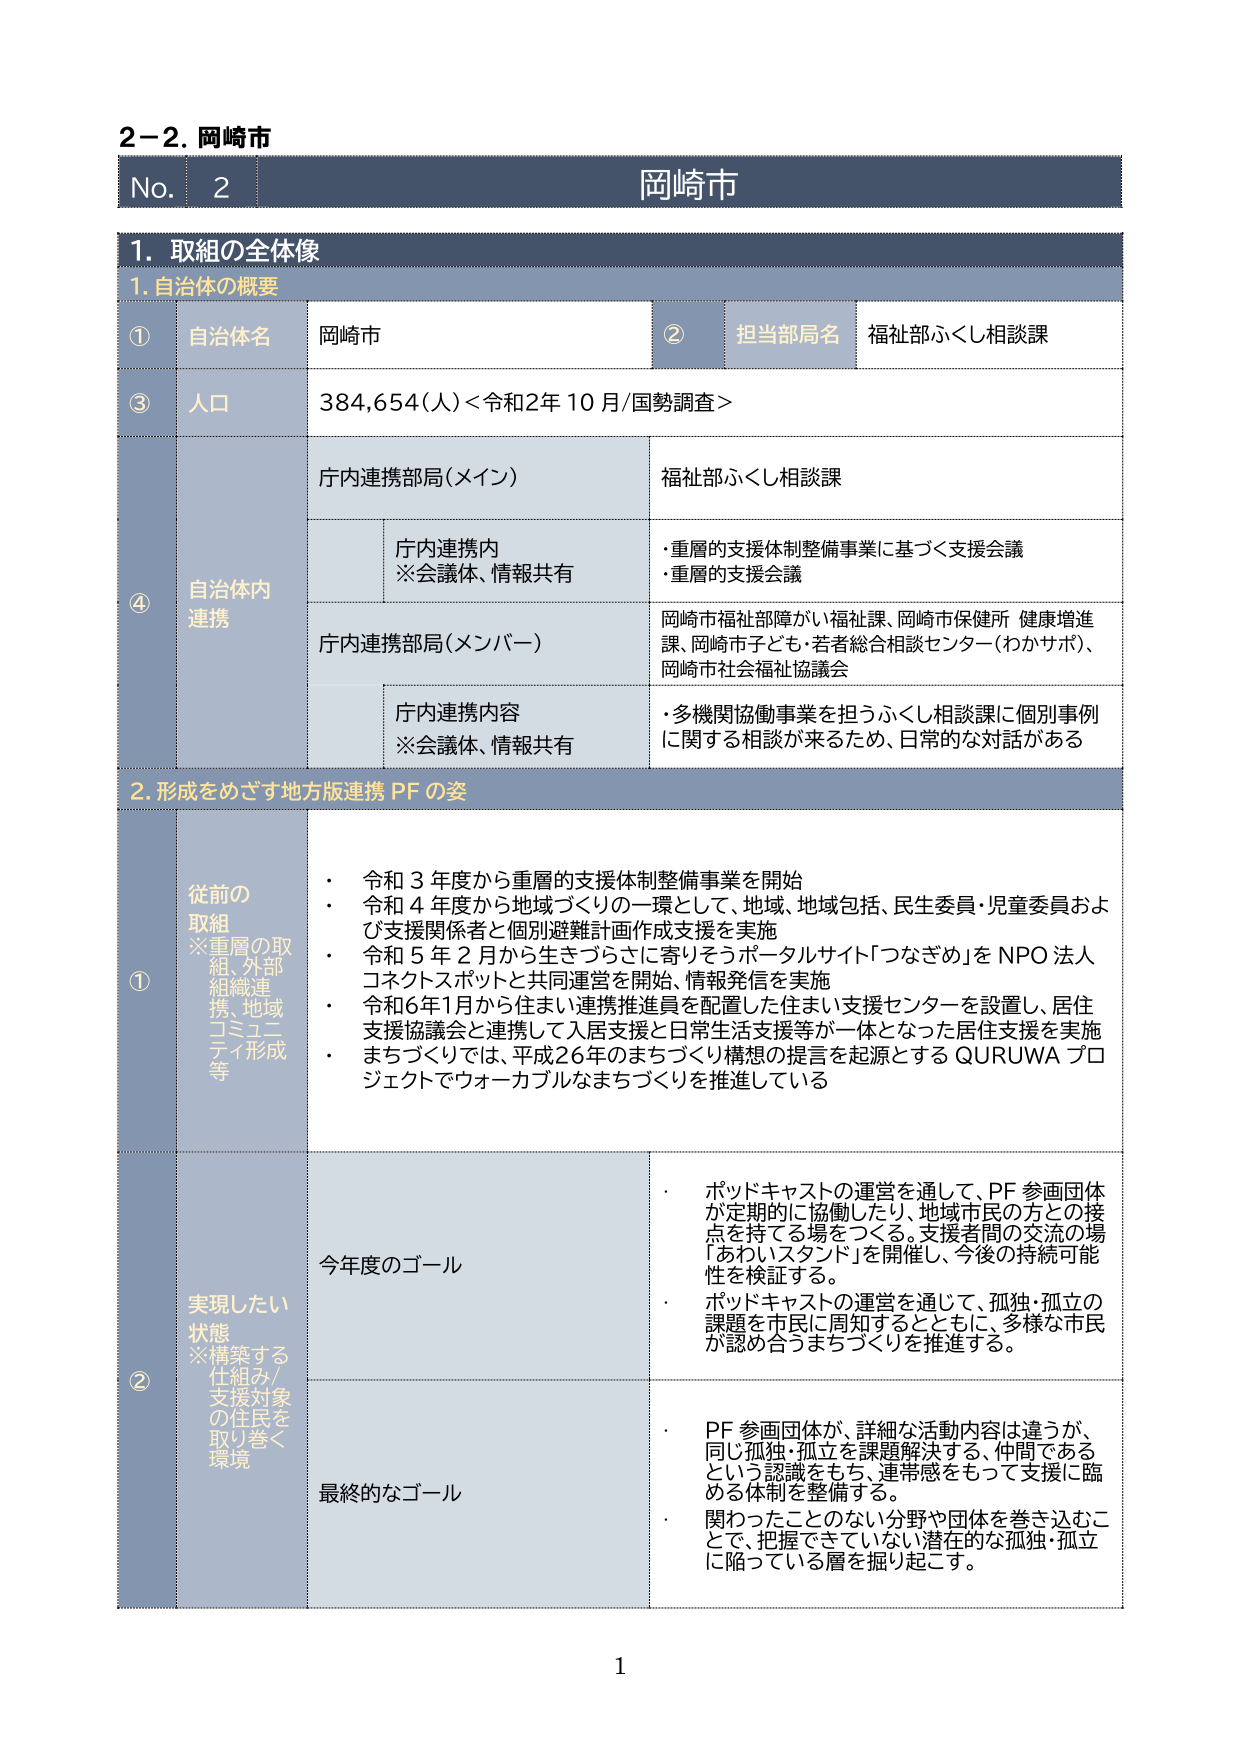
2-2. 岡崎市
No. 2 岡崎市

1. 取組の全体像
1. 自治体の概要

① 自治体名 岡崎市
② 担当部局名 福祉部ふくし相談課
③ 人口 384,654（人）＜令和2年10月/国勢調査＞

④ 自治体内連携
　　庁内連携部局（メイン） 福祉部ふくし相談課
　　　　庁内連携内
　　　　※会議体、情報共有
　　　　　・重層的支援体制整備事業に基づく支援会議
　　　　　・重層的支援会議
　　庁内連携部局（メンバー）
　　　　岡崎市福祉部障がい福祉課、岡崎市保健所 健康増進課、岡崎市子ども・若者総合相談センター（わかサポ）、岡崎市社会福祉協議会
　　　　庁内連携内容
　　　　※会議体、情報共有
　　　　　・多機関協働事業を担うふくし相談課に個別事例に関する相談が来るため、日常的な対話がある

2. 形成をめざす地方版連携 PF の姿

① 従前の取組
※重層的取組、外部組織連携、地域コミュニティ形成等
　・令和3年度から重層的支援体制整備事業を開始
　・令和4年度から地域づくりの一環として、地域、地域包括、民生委員・児童委員および支援関係者と個別避難計画作成支援を実施
　・令和5年2月から生きづらさに寄りそうポータルサイト「つなぎめ」をNPO法人コネクトスポットと共同運営を開始、情報発信を実施
　・令和6年1月から住まい連携推進員を配置した住まい支援センターを設置し、居住支援協議会と連携して入居支援と日常生活支援等が一体となった居住支援を実施
　・まちづくりでは、平成26年のまちづくり構想の提言を起源とするQURUWAプロジェクトでウォーカブルなまちづくりを推進している

② 実現したい状態
※構築する仕組み/支援対象の住民を取り巻く環境

　今年度のゴール
　・ポッドキャストの運営を通して、PF参画団体が定期的に協働したり、地域市民の方との接点を持てる場をつくる。支援者間の交流の場「あわいスタンド」を開催し、今後の持続可能性を検証する。
　・ポッドキャストの運営を通じて、孤独・孤立の課題を市民に周知するとともに、多様な市民が認め合うまちづくりを推進する。

　最終的なゴール
　・PF参画団体が、詳細な活動内容は違うが、同じ孤独・孤立を課題解決する、仲間であるという認識をもち、連帯感をもって支援に臨める体制を整備する。
　・関わったことのない分野や団体を巻き込むことで、把握できていない潜在的な孤独・孤立に陥っている層を掘り起こす。

1